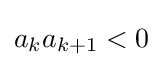
a_{k}a_{k+1}<0